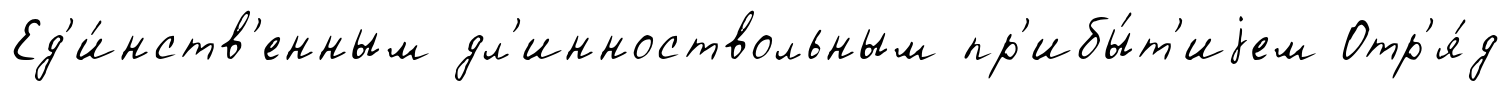
Ед'и́нств'енным дл'инноствольным пр'ибы́т'иjем Отр'я́д